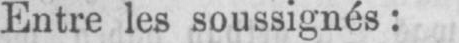
Entre les soussignés: